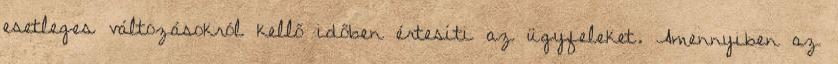
esetleges változásokról kellő időben értesíti az ügyfeleket. Amennyiben az